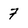
Character: 7